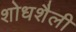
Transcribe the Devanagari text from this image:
शोधशैली